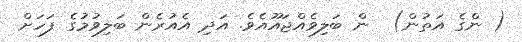
( ންގެ އަތުން)  ން ބަލިވެއްޖައޫއެވެ. އަދި އެއުރެން ބަލިވުމުގެ ފަހަށް